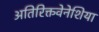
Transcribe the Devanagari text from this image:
अतिरिक्तवेनेशिया